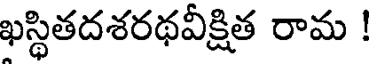
ఖస్థితదశరథవీక్షిత రామ !